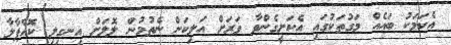
އެކަމަކު ބައެއް މަގުތަކުގައި އެކަށީގެންވާ ވަރަށް އަލިކަން ނެތުމުން ލޮލަށް އިނގިލި ކޮއްޕާލާ